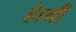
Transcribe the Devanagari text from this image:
हेागी